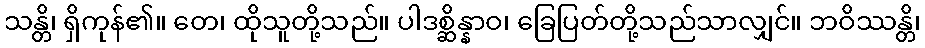
သန္တိ၊ ရှိကုန်၏။ တေ၊ ထိုသူတို့သည်။ ပါဒစ္ဆိန္နာဝ၊ ခြေပြတ်တို့သည်သာလျှင်။ ဘဝိဿန္တိ၊